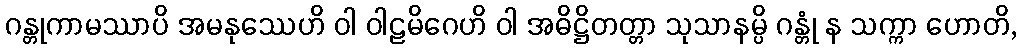
ဂန္တုကာမဿာပိ အမနုဿေဟိ ဝါ ဝါဠမိဂေဟိ ဝါ အဓိဋ္ဌိတတ္တာ သုသာနမ္ပိ ဂန္တုံ န သက္ကာ ဟောတိ,